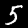
Label: 5